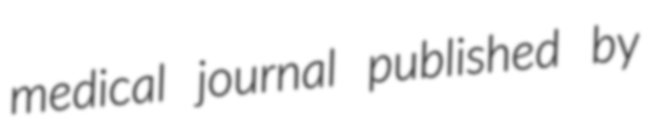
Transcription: medical journal published by